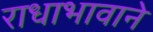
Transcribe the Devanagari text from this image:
राधाभावाने